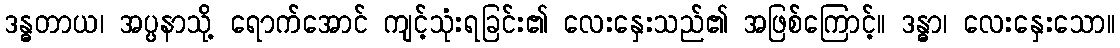
ဒန္ဓတာယ၊ အပ္ပနာသို့ ရောက်အောင် ကျင့်သုံးရခြင်း၏ လေးနှေးသည်၏ အဖြစ်ကြောင့်။ ဒန္ဓာ၊ လေးနှေးသော။